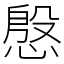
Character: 慇